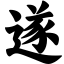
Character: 遂